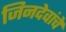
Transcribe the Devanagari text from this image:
जिनदेवांचे